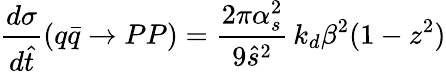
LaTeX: \frac{d\sigma}{d\hat{t}}(q\bar{q}\rightarrow PP)=\frac{2\pi\alpha_{s}^{2}}{9\hat{s}^{2}}\, k_{d}\beta^{2}(1-z^{2})